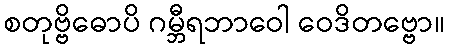
စတုဗ္ဗိဓောပိ ဂမ္ဘီရဘာဝေါ ဝေဒိတဗ္ဗော။